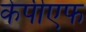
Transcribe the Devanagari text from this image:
केपीएफ